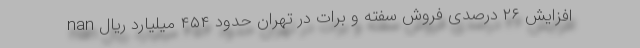
nan افزایش ۲۶ درصدی فروش سفته و برات در تهران حدود ۴۵۴ میلیارد ریال